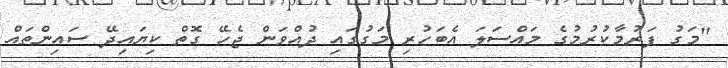
"މަގު ފަރުމާކުރުމުގެ މައްސަލަ އެބަހުރި މަގުގައި ދުއްވަން ޖެހޭ ގޮތް ކިޔައިދޭ ސައިންތައް